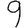
Digit: 9